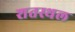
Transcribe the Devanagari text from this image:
शतस्थल